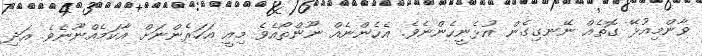
ވާންމިއުޅޭ ގޮތެއް ނޭނގިގެން އުޅެނީހެންނެވެ. އެހެންނެއް ނޫންތޯއެވެ މިއީ އަހަރެންނަށް އާކަމެއްނޫނެވެ. އަދި